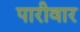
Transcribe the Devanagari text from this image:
पारीवार